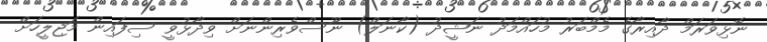
ނޮޅިވަރަމް ދާއިރާގެ މެމްބަރު މުހައްމަދު ނަޝީދު (ކާނަލް) ނޫސްވެރިންނަށް ވިދާޅުވީ ސިފައިން މަޖިލީހަށް